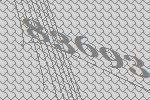
83693